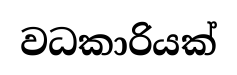
වධකාරියක්